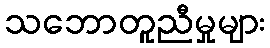
သဘောတူညီမှုများ